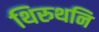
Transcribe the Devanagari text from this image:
थिरुथनि